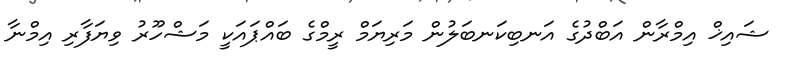
ޝައިޚް އިމްރާން އަބްދުގެ އަނބިކަނބަލުން މަރިޔަމް ރީމްގެ ބައްޕައަކީ މަޝްހޫރު ވިޔަފާރި އިމްނާ